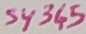
Text: S4345